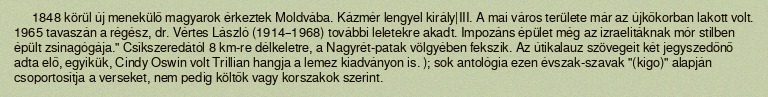
1848 körül új menekülő magyarok érkeztek Moldvába. Kázmér lengyel király|III. A mai város területe már az újkőkorban lakott volt. 1965 tavaszán a régész, dr. Vértes László (1914–1968) további leletekre akadt. Impozáns épület még az izraelitáknak mór stilben épült zsinagógája." Csíkszeredától 8 km-re délkeletre, a Nagyrét-patak völgyében fekszik. Az útikalauz szövegeit két jegyszedőnő adta elő, egyikük, Cindy Oswin volt Trillian hangja a lemez kiadványon is. ); sok antológia ezen évszak-szavak "(kigo)" alapján csoportosítja a verseket, nem pedig költők vagy korszakok szerint.